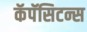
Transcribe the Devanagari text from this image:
कॅपॅसिटन्स